Indian journal of veterinary science and animal husbandry - Volumes 24-25, 1954-1955
Year: 1954
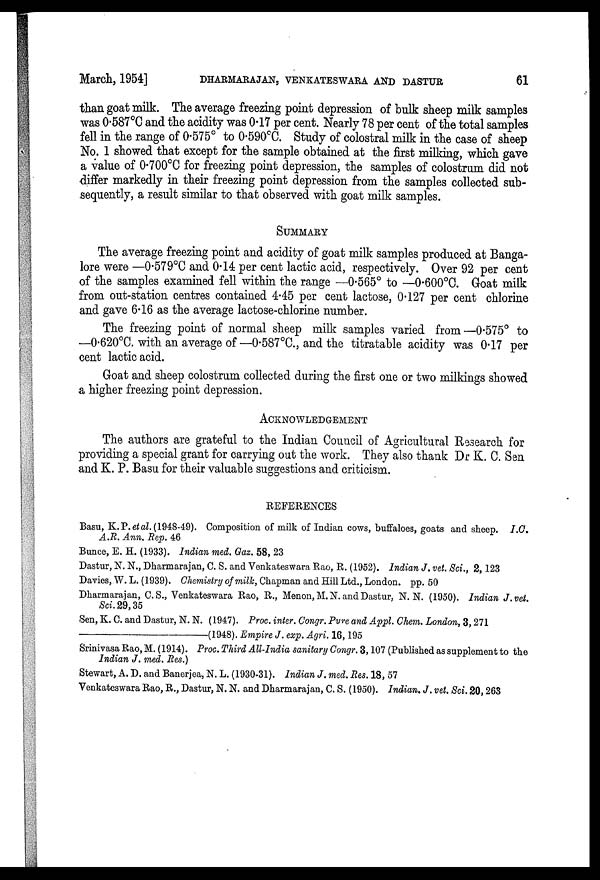
March, 1954] DHARMARAJAN, VENKATESWARA AND DASTUR 61
than goat milk. The average freezing point depression of bulk sheep milk samples
was 0.587°C and the acidity was 0.17 per cent. Nearly 78 per cent of the total samples
fell in the range of 0.575° to 0.590°C. Study of colostral milk in the case of sheep
No. 1 showed that except for the sample obtained at the first milking, which gave
a value of 0.700°C for freezing point depression, the samples of colostrum did not
differ markedly in their freezing point depression from the samples collected sub-
sequently, a result similar to that observed with goat milk samples.
SUMMARY
The average freezing point and acidity of goat milk samples produced at Banga-
lore were —0.579°C and 0.14 per cent lactic acid, respectively. Over 92 per cent
of the samples examined fell within the range —0.565° to —0.600°C. Goat milk
from out-station centres contained 4.45 per cent lactose, 0.127 per cent chlorine
and gave 6.16 as the average lactose-chlorine number.
The freezing point of normal sheep milk samples varied from—0.575° to
—0.620°C. with an average of—0.587°C., and the titratable acidity was 0.17 per
cent lactic acid.
Goat and sheep colostrum collected during the first one or two milkings showed
a higher freezing point depression.
ACKNOWLEDGEMENT
The authors are grateful to the Indian Council of Agricultural Research for
providing a special grant for carrying out the work. They also thank Dr K. C. Sen
and K. P. Basu for their valuable suggestions and criticism.
REFERENCES
Basu, K.P.et al. (1948-49). Composition of milk of Indian cows, buffaloes, goats and sheep. I.C.
A.R. Ann. Rep. 46
Bunce, E. H. (1933). Indian med. Gaz. 58, 23
Dastur, N. N., Dharmarajan, C. S. and Venkateswara Rao, R. (1952). Indian J. vet. Sci., 2, 123
Davies, W. L. (1939). Chemistry of milk, Chapman and Hill Ltd., London, pp. 50
Dharmarajan, C. S., Venkateswara Rao, R., Menon, M. N. and Dastur, N. N. (1950). Indian J. vet.
Sci. 29, 35
Sen, K. C. and Dastur, N. N. (1947). Proc. inter. Congr. Pure and Appl. Chem. London, 3, 271
(1948). Empire J. exp. Agri. 16, 195
Srinivasa Rao, M. (1914). Proc. Third All-India sanitary Congr. 3, 107 (Published as supplement to the
Indian J. med. Res.)
Stewart, A. D. and Banerjea, N. L. (1930-31). Indian J. med. Res. 18, 57
Venkateswara Rao, R., Dastur, N. N. and Dharmarajan, C. S. (1950). Indian. J. vet. Sci. 20, 263